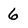
Character: 6